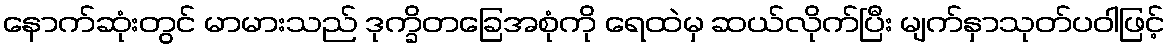
နောက်ဆုံးတွင် မာမားသည် ဒုက္ခိတခြေအစုံကို ရေထဲမှ ဆယ်လိုက်ပြီး မျက်နှာသုတ်ပဝါဖြင့်